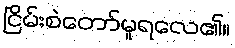
ငြိမ်းစဲတော်မူရလေ၏။